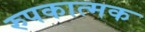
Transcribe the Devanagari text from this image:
रुपकात्मक